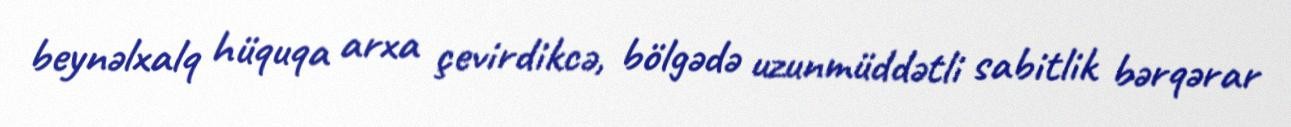
beynəlxalq hüquqa arxa çevirdikcə, bölgədə uzunmüddətli sabitlik bərqərar